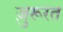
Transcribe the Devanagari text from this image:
ज़ुरूरत